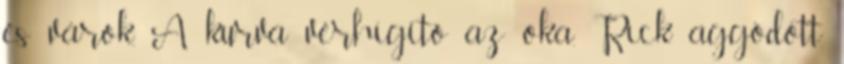
és várok. A kurva vérhígító az oka. Rick aggódott